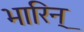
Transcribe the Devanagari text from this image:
भारिन्‌